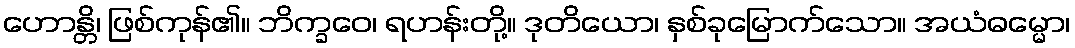
ဟောန္တိ၊ ဖြစ်ကုန်၏။ ဘိက္ခဝေ၊ ရဟန်းတို့။ ဒုတိယော၊ နှစ်ခုမြောက်သော။ အယံဓမ္မော၊